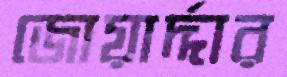
জোয়ার্দ্দার